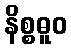
နိစ္စဓူဝ